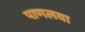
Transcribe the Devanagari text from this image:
पाणलवा